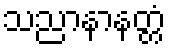
သညာနာနတ္တံ